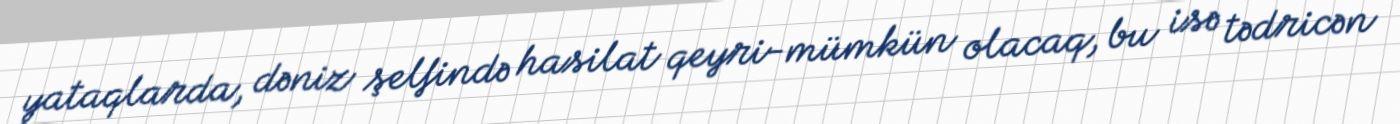
yataqlarda, dəniz şelfində hasilat qeyri-mümkün olacaq, bu isə tədricən